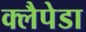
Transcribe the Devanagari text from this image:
क्लैपेडा